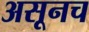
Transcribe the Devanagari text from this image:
असूनच